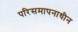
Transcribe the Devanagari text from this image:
परिसमापनाधीन